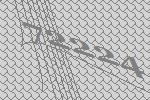
72224